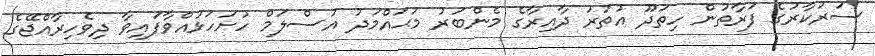
ސަރުކާރުގެ ފަރާތުން ހިތަދޫ އުތުރު ދާއިރާގެ މެންބަރު މުޙައްމަދު އަސްލަމް ހުށަހަޅުއްވާފައިވާ ދިވެހިރާއްޖޭގެ